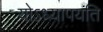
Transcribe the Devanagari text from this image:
योऽध्यापयति